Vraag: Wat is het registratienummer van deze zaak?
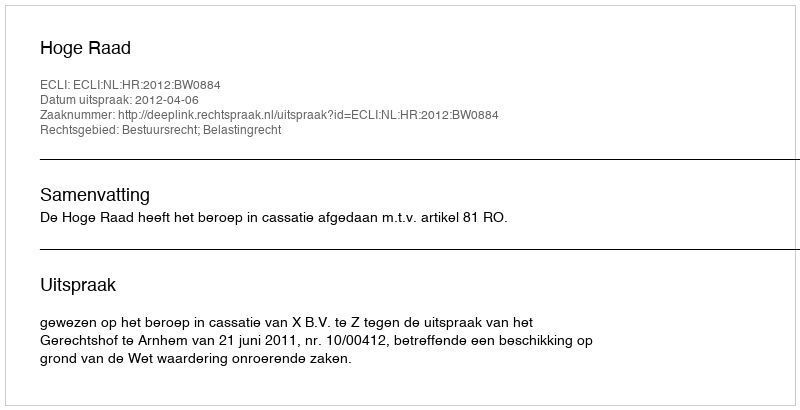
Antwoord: http://deeplink.rechtspraak.nl/uitspraak?id=ECLI:NL:HR:2012:BW0884